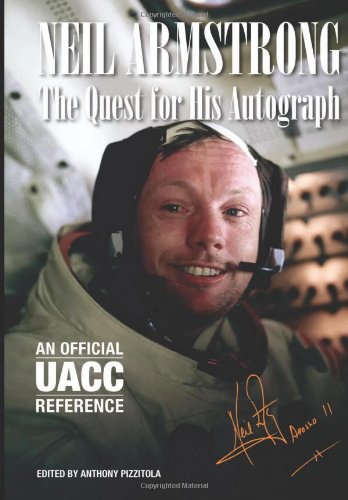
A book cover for Neil Armstrong: The Quest for His Autograph; Mr. Anthony Pizzitola; Crafts, Hobbies & Home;